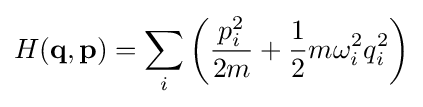
H(\mathbf {q} ,\mathbf {p} )=\sum _{i}\left({\frac {p_{i}^{2}}{2m}}+{\frac {1}{2}}m\omega _{i}^{2}q_{i}^{2}\right)